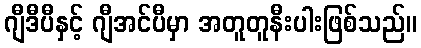
ဂျီဒီပီနှင့် ဂျီအင်ပီမှာ အတူတူနီးပါးဖြစ်သည်။